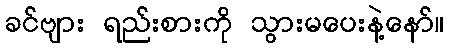
ခင်ဗျား ရည်းစားကို သွားမပေးနဲ့နော်။